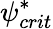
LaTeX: \psi_{crit}^{*}